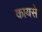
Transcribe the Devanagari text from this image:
कायसे